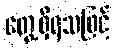
တွေ့ရှိရသဖြင့်